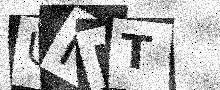
Text: UNJT